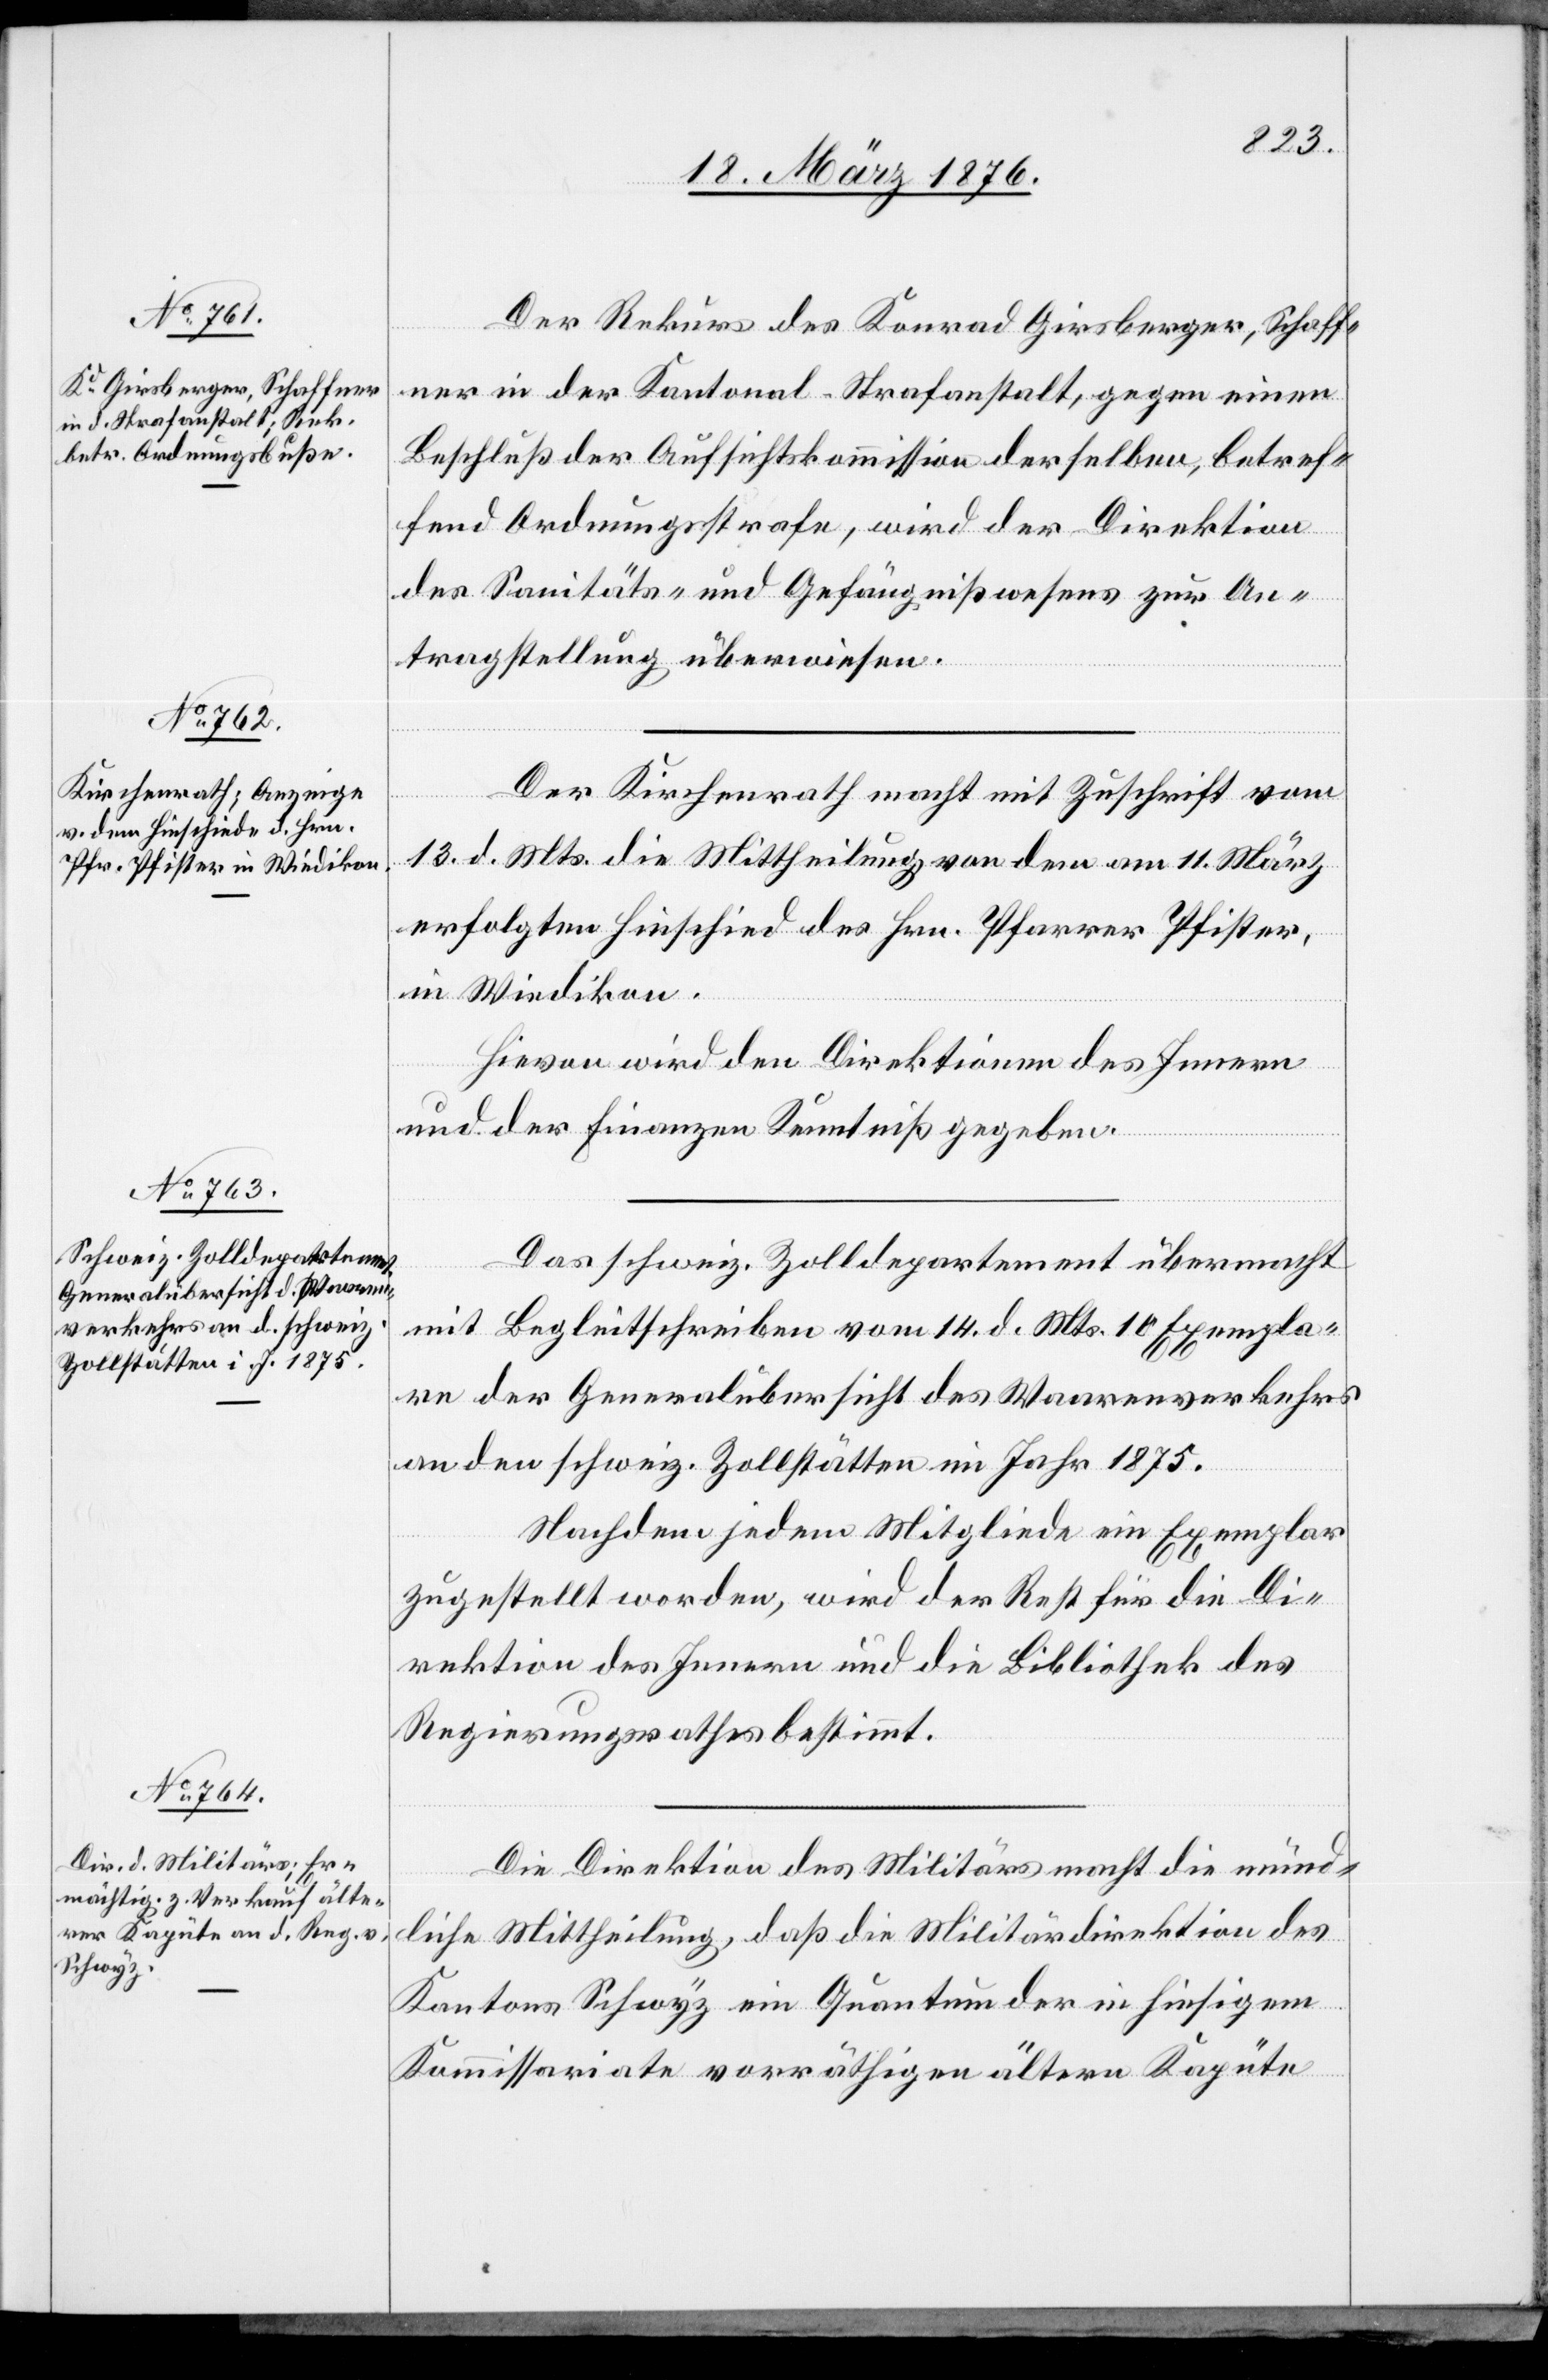
Der Rekurs des Konrad Girsberger, Schaff¬
ner in der Kantonal-Strafanstalt, gegen einen
Beschluß der Aufsichtskommission derselben, betref¬
fend Ordnungsstrafe, wird der Direktion
des Sanitäts- und Gefängnißwesens zur An¬
tragstellung überwiesen.
Der Kirchenrath macht mit Zuschrift vom
13. d. Mts. die Mittheilung von dem am 11. März
erfolgten Hinschied des Hrn. Pfarrer Pfister,
in Wiedikon.
Hievon wird den Direktionen des Innern
und der Finanzen Kenntniß gegeben.
Das schweiz. Zolldepartement übermacht
mit Begleitschreiben vom 14. d. Mts. 10 Exempla¬
re der Generalübersicht des Waarenverkehrs
an den schweiz. Zollstätten im Jahr 1875.
Nachdem jedem Mitgliede ein Exemplar
zugestellt worden, wird der Rest für die Di¬
rektion des Innern und die Bibliothek des
Regierungsrathes bestimmt.
Die Direktion des Militärs macht die münd¬
liche Mittheilung, daß die Militärdirektion des
Kantons Schwyz ein Quantum der in hiesigem
Kommissariate vorräthigen älteren Kapüte